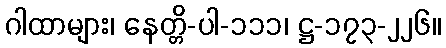
ဂါထာများ၊ နေတ္တိ-ပါ-၁၁၁၊ ဋ္ဌ-၁၇၃-၂၂၆။